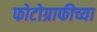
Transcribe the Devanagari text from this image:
फोटोग्राफीच्या